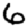
Digit: 6